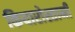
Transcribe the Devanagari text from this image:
कियारोस्तामी